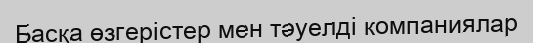
Басқа өзгерістер мен тәуелді компаниялар